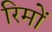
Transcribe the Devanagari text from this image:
रिमों